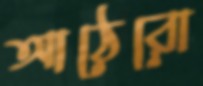
আঠেরো